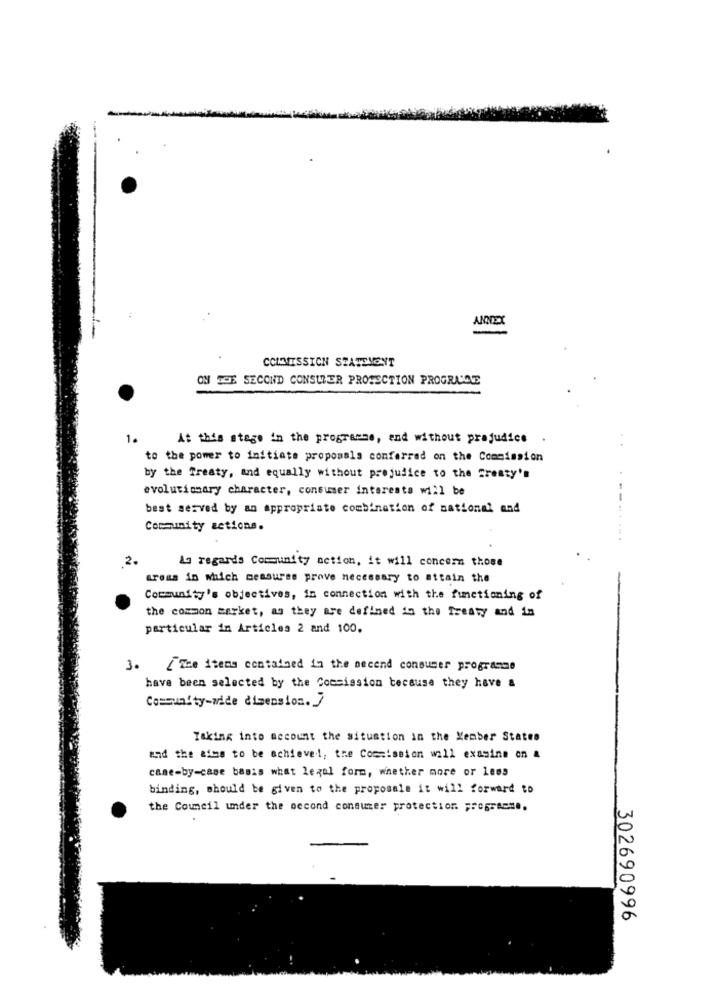
ANNEX
-
COLMISSION STATEMENT
ON THE SECOND CONSUMER PROTECTION PROGRAMCLE
1.
At this stage in the programme, and without prejudice .
to the power to initiate proposals conferred on the Commission
by the Treaty, and equally without prejudice to the greaty's
evolutionary character, consumer interests will be
best served by an appropriate combination of national and
----
Community actions.
2.
Ag regards Community action, it will concern those
tross in which measures prove necessary to attain the
Community's objectives, in connection with the functioning of
the common market, ag they are defined in the Treaty and in
particular in Articles 2 and 100.
3. [The items contained in the second consumer programme
have been selected by the Commission because they have &
Community-wide dimension. ]
Taking into account the situation in the Member States
and the aims to be achieved, the Commission will examine on &
case-by-case basis what legal form, whether more or Less
binding, should be given to the proposals it will forward to
the Council under the second consumer protection programme.
302690996